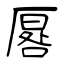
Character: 厬